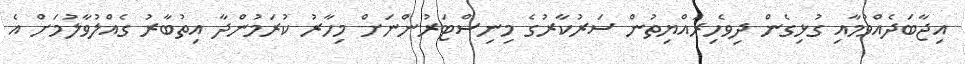
އިޖާބަދެއްވުމާއި ގުޅިގެން ދިވެހިރައްޔިތުން ސަރުކާރުގެ މިނިސްޓަރުންނަށް މިހާރު ކުރަމުންދާ އިތުބާރު ގެއްލުވާލުމަށް އެ